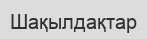
Шақылдақтар